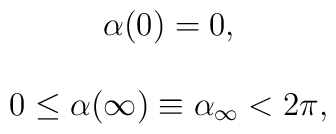
\begin{array}{c}\alpha (0)=0, \\\\0\leq \alpha (\infty )\equiv \alpha _\infty <2\pi ,\end{array}